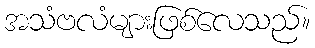
အသံဗလံများဖြစ်လေသည်။